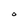
Character: o